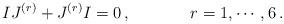
LaTeX: \begin{align*}IJ^{(r)} + J^{(r)} I = 0\, ,\hskip 1.5truecm r = 1,\cdots ,6\, .\end{align*}